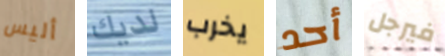
أليس لديك يخرب أحد فيرجل